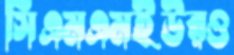
সিএমএমইউরও